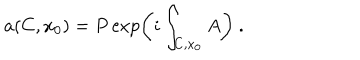
a ( C , x _ { 0 } ) = P \exp \left( i \int _ { C , x _ { 0 } } A \right) ~ .